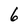
Character: 6